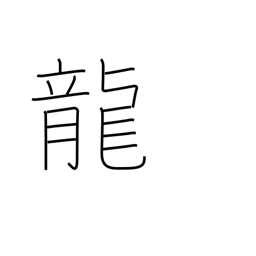
Meaning: dragon